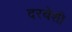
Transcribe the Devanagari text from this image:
दरबेशी